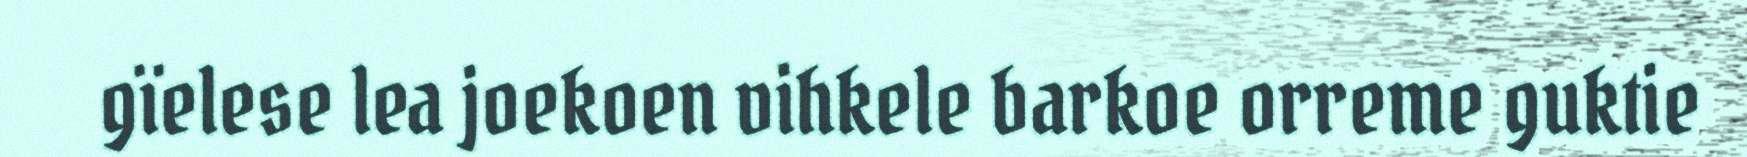
gïelese lea joekoen vihkele barkoe orreme guktie